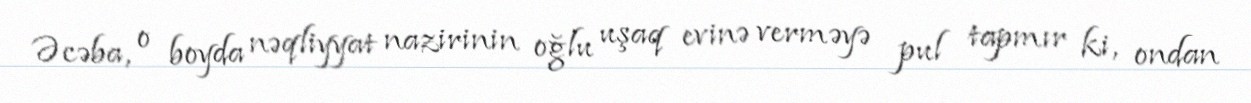
Əcəba, o boyda nəqliyyat nazirinin oğlu uşaq evinə verməyə pul tapmır ki, ondan